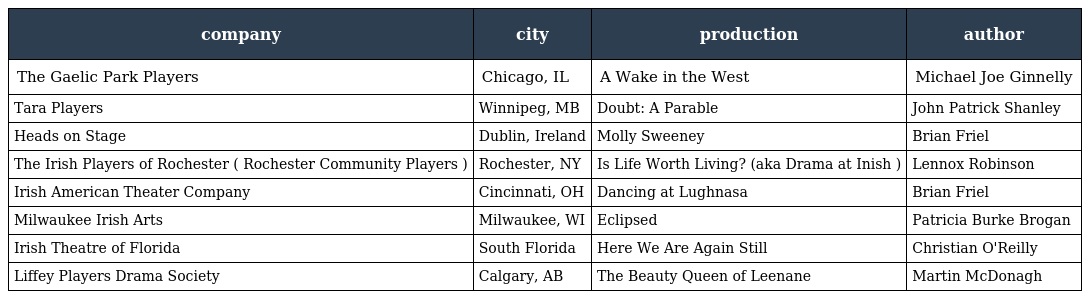
| company | city | production | author |
 | --- | --- | --- | --- |
 | The Gaelic Park Players | Chicago, IL | A Wake in the West | Michael Joe Ginnelly |
 | Tara Players | Winnipeg, MB | Doubt: A Parable | John Patrick Shanley |
 | Heads on Stage | Dublin, Ireland | Molly Sweeney | Brian Friel |
 | The Irish Players of Rochester ( Rochester Community Players ) | Rochester, NY | Is Life Worth Living? (aka Drama at Inish ) | Lennox Robinson |
 | Irish American Theater Company | Cincinnati, OH | Dancing at Lughnasa | Brian Friel |
 | Milwaukee Irish Arts | Milwaukee, WI | Eclipsed | Patricia Burke Brogan |
 | Irish Theatre of Florida | South Florida | Here We Are Again Still | Christian O'Reilly |
 | Liffey Players Drama Society | Calgary, AB | The Beauty Queen of Leenane | Martin McDonagh |